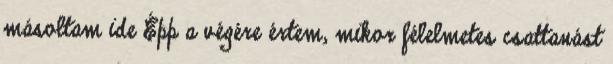
másoltam ide Épp a végére értem, mikor félelmetes csattanást